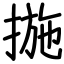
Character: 揓